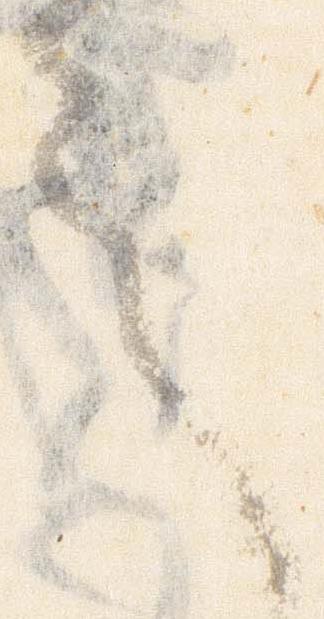
言